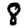
Digit: 8